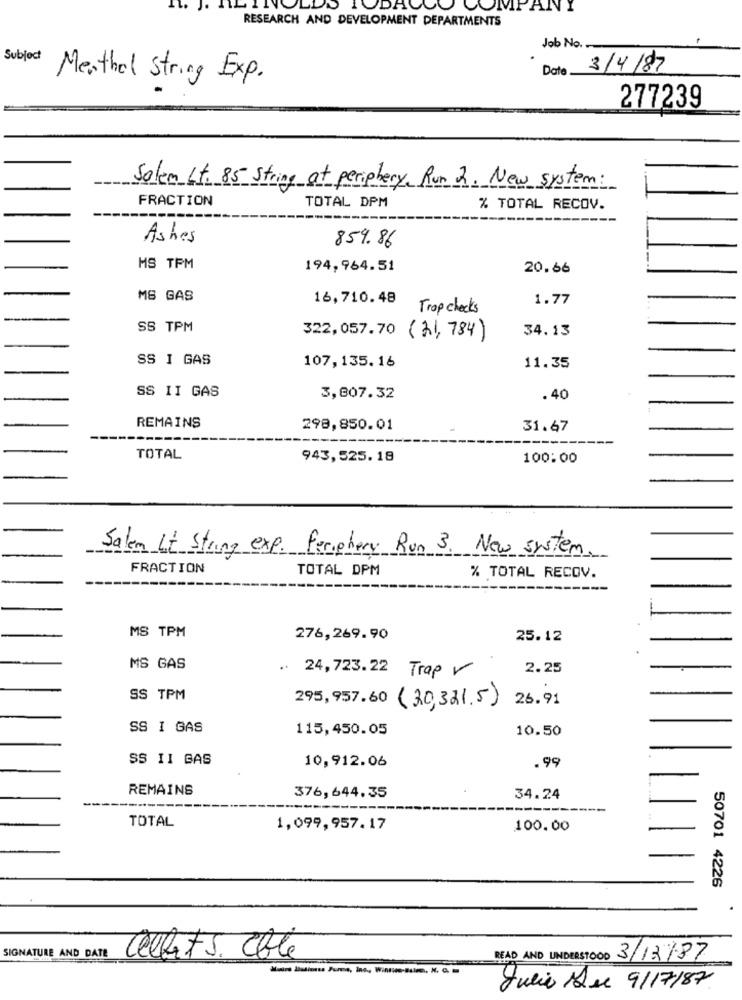
NOLDS TODAGOO COMPANY
RESEARCH AND DEVELOPMENT DEPARTMENTS
Job No. ..
Subject
Date .
3/4/87
Menthol String Exp.
277239
Solem Lt. 85 String at periphery, Run 2. New system:
FRACTION
TOTAL DPM
% TOTAL RECOV.
Ashes
859.86
MS TPM
194,964.51
20.66
MS GAS
16,710.48
1.77
Trop checks
SS TPM
34.13
322,057.70 (21, 784)
SS I GAS
107,135.16
11.35
SS II GAS
3,807.32
. 40
REMAINS
298,850.01
31.67
TOTAL
943,525.18
100:00
Salem Lt String exp. Periphery Run 3. New system.
FRACTION
TOTAL DPM
% TOTAL RECOV.
MS TPM
276,269.90
25.12
MS GAS
..
24,723.22 Trap
2.25
SS TPM
295,957.60 (30,321.5)
26.91
SS I GAS
115,450.05
10.50
SS II GAS
10,912.06
. 99
REMAINS
376,644.35
34.24
TOTAL
1,099,957.17
100.00
50701 4226
SIGNATURE AND DATE
Cellarts. Elle
READ AND UNDERSTOOD
3/13/87
--
Julio Sue 9/17/87